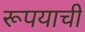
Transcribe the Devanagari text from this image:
रूपयाची